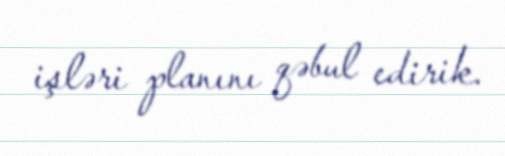
işləri planını qəbul edirik.